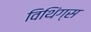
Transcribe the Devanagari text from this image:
विथिंग्स